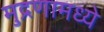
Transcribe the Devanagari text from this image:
मुद्रणामध्ये